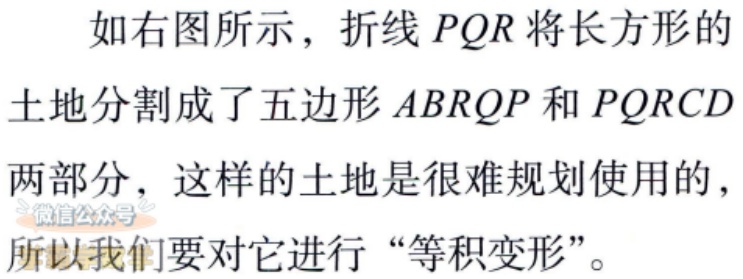
如右图所示，折线 \(PQR\) 将长方形的土地分割成了五边形 \(ABRQP\) 和 \(PQRC D\) 两部分，这样的土地是很难规划使用的，微信公众号所以我们要对它进行 “等积变形”。